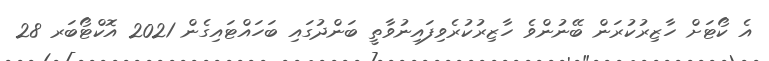
އެ ކޯޓަށް ހާޒިރުކުރަން ބޭނުންވެ ހާޒިރުކުރެވިފައިނުވާތީ ބަންދުގައި ބަހައްޓައިގެން 2021 އޮކްޓޯބަރ 28